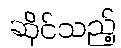
ဆိုင်သည့်